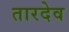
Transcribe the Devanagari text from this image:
तारदेव